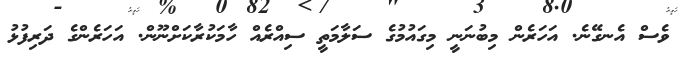
ވެސް އެނގޭނެެ. އަހަރެން މިބުނަނީ މިގައުމުގެ ސަލާމަތީ ސިއްރެއް ހާމަކުރާކަށްނޫން. އަހަރެންގެ ދަރިފުޅު